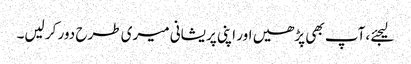
لیجئے ،آپ بھی پڑھیں اور اپنی پریشانی میری طرح دور کر لیں۔